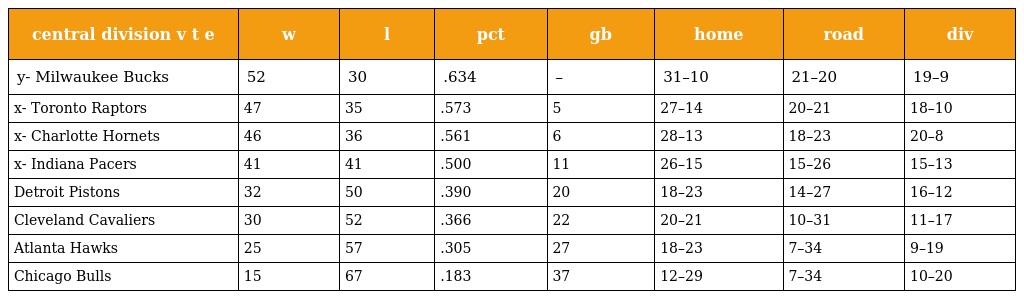
| central division v t e | w | l | pct | gb | home | road | div |
 | --- | --- | --- | --- | --- | --- | --- | --- |
 | y- Milwaukee Bucks | 52 | 30 | .634 | – | 31–10 | 21–20 | 19–9 |
 | x- Toronto Raptors | 47 | 35 | .573 | 5 | 27–14 | 20–21 | 18–10 |
 | x- Charlotte Hornets | 46 | 36 | .561 | 6 | 28–13 | 18–23 | 20–8 |
 | x- Indiana Pacers | 41 | 41 | .500 | 11 | 26–15 | 15–26 | 15–13 |
 | Detroit Pistons | 32 | 50 | .390 | 20 | 18–23 | 14–27 | 16–12 |
 | Cleveland Cavaliers | 30 | 52 | .366 | 22 | 20–21 | 10–31 | 11–17 |
 | Atlanta Hawks | 25 | 57 | .305 | 27 | 18–23 | 7–34 | 9–19 |
 | Chicago Bulls | 15 | 67 | .183 | 37 | 12–29 | 7–34 | 10–20 |